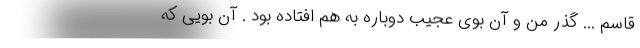
قاسم ... گذر من و آن بوی عجیب دوباره به هم افتاده بود . آن بویی که